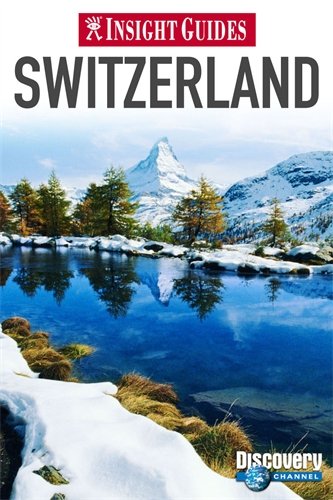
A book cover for Switzerland (Insight Guides); Insight Guides; Travel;